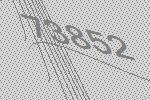
73852